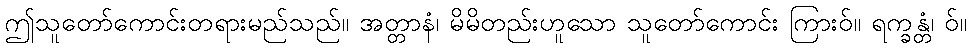
ဤသူတော်ကောင်းတရားမည်သည်။ အတ္တာနံ၊ မိမိတည်းဟူသော သူတော်ကောင်း ကြားဝ်။ ရက္ခန္တံ၊ ဝ်။